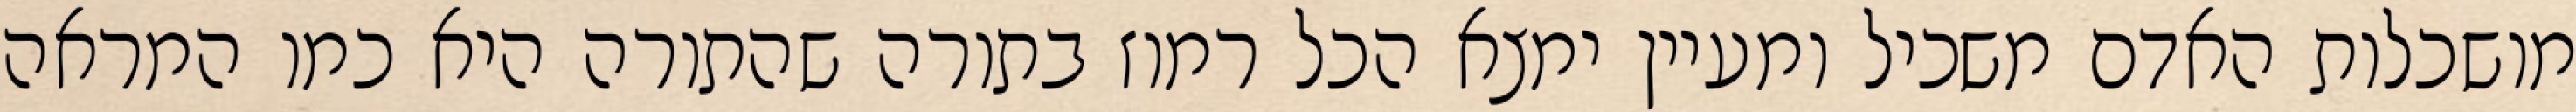
מושכלות האדם משכיל ומעיין ימצא הכל רמוז בתורה שהתורה היא כמו המראה